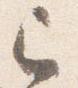
巳